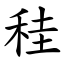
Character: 䅅